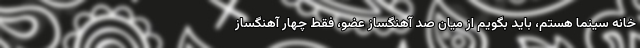
خانه سینما هستم، باید بگویم از میان صد آهنگساز عضو، فقط چهار آهنگساز